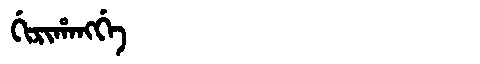
Manchu: ᡤᡳᡵᡳᡥᠠᠩᡤᡝ
Romanization: GIRIHANGGE